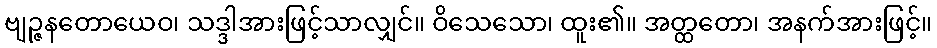
ဗျဉ္ဇနတောယေဝ၊ သဒ္ဒါအားဖြင့်သာလျှင်။ ဝိသေသော၊ ထူး၏။ အတ္ထတော၊ အနက်အားဖြင့်။